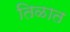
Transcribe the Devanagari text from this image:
तिळात